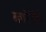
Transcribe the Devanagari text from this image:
ब्लोरेंगे